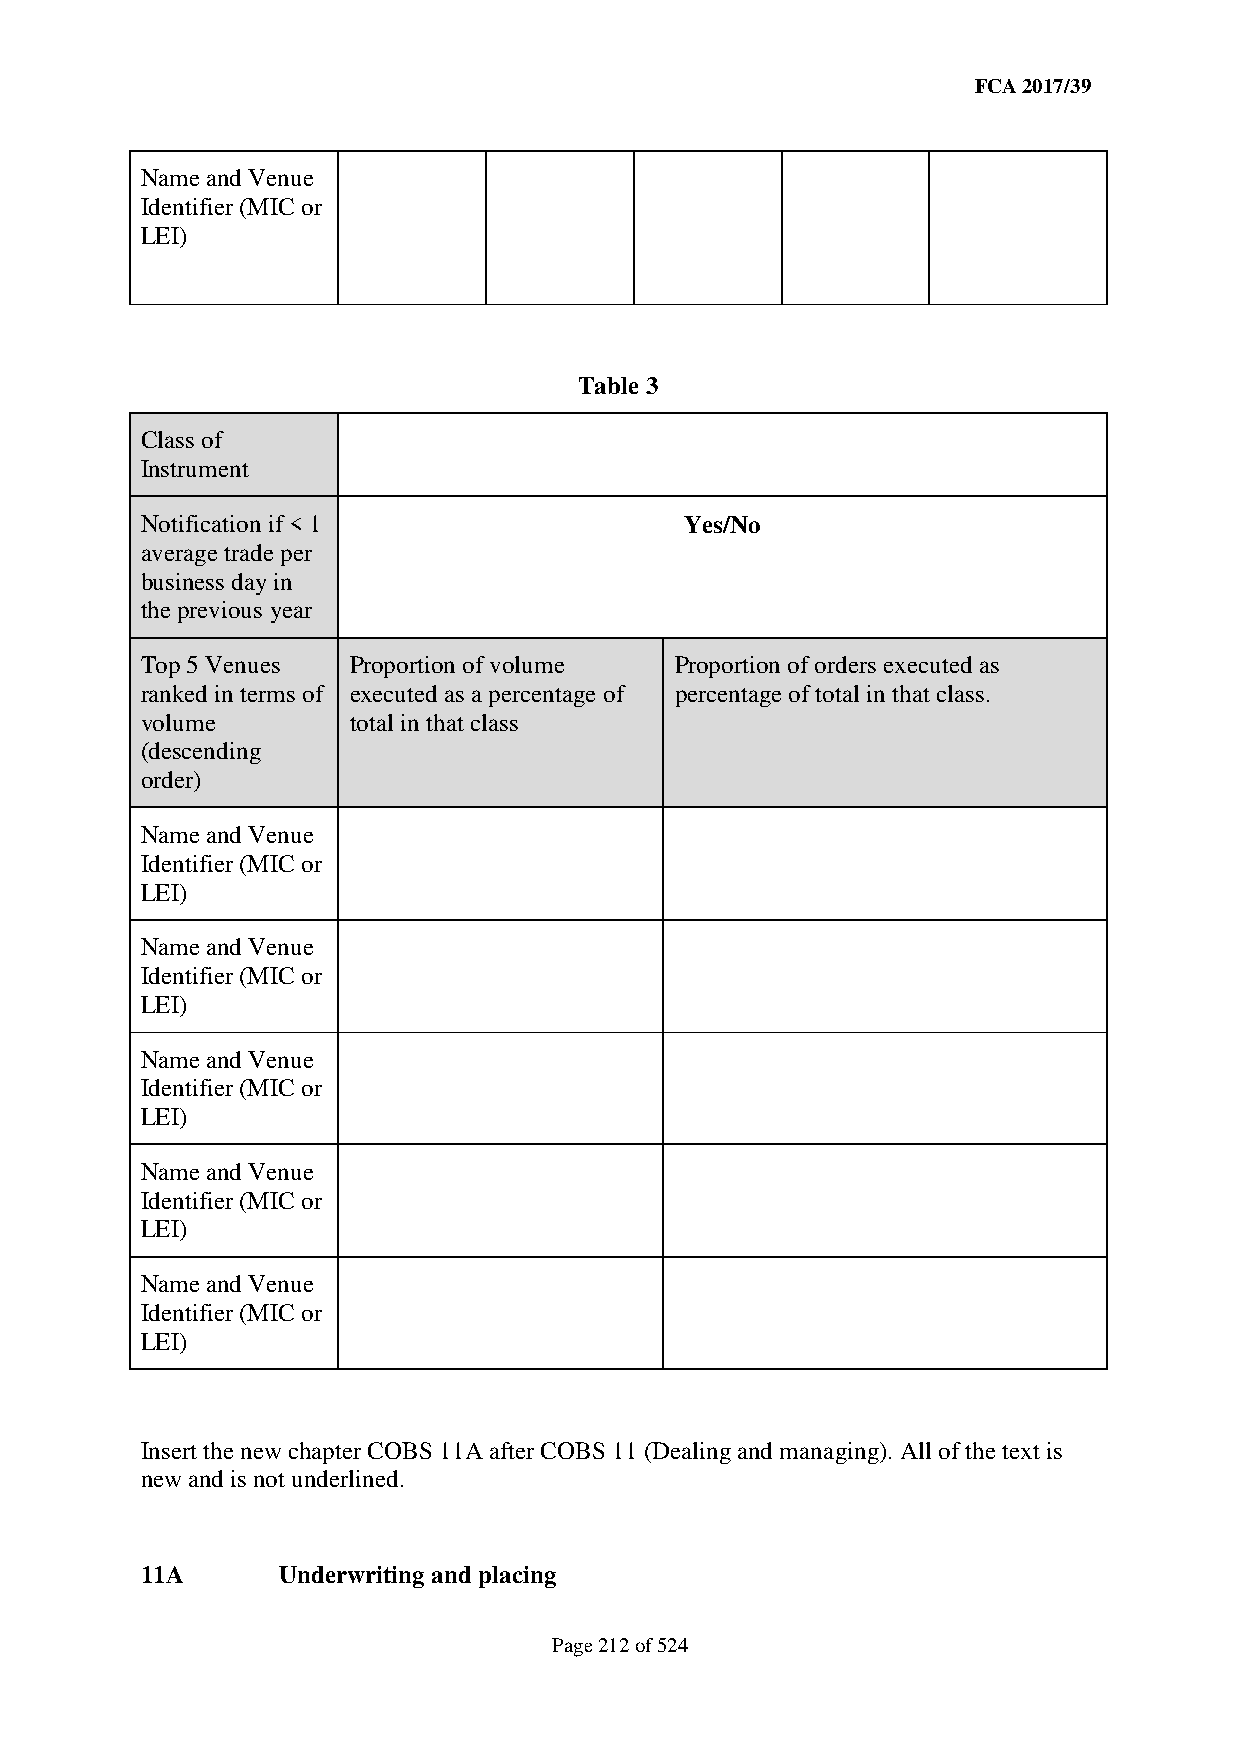
FCA 2017/39
 Name and Venue
 Identifier (MIC or
 LEI)
 Table 3
 Class of
 Instrument
 Notification if < 1                 Yes/No
 average trade per
 business day in
 the previous year
 Top 5 Venues  Proportion of volume  Proportion of orders executed as
 ranked in terms of executed as a percentage of percentage of total in that class.
 volume        total in that class
 (descending
 order)
 Name and Venue
 Identifier (MIC or
 LEI)
 Name and Venue
 Identifier (MIC or
 LEI)
 Name and Venue
 Identifier (MIC or
 LEI)
 Name and Venue
 Identifier (MIC or
 LEI)
 Name and Venue
 Identifier (MIC or
 LEI)
 Insert the new chapter COBS 11A after COBS 11 (Dealing and managing). All of the text is
 new and is not underlined.
 11A      Underwriting and placing
 Page 212 of 524